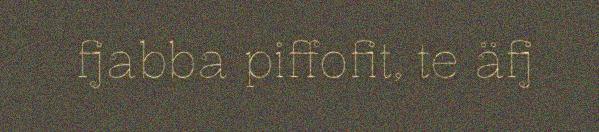
fjabba piffofit, te äfj